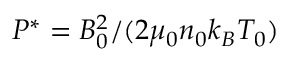
P ^ { * } = B _ { 0 } ^ { 2 } / ( 2 \mu _ { 0 } n _ { 0 } k _ { B } T _ { 0 } )